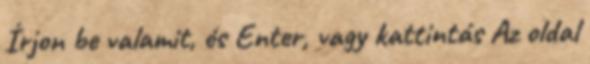
Írjon be valamit, és Enter, vagy kattintás Az oldal